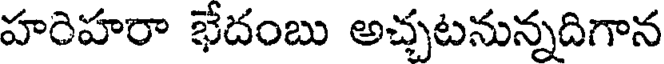
హరిహరా భేదంబు అచ్చటనున్నదిగాన